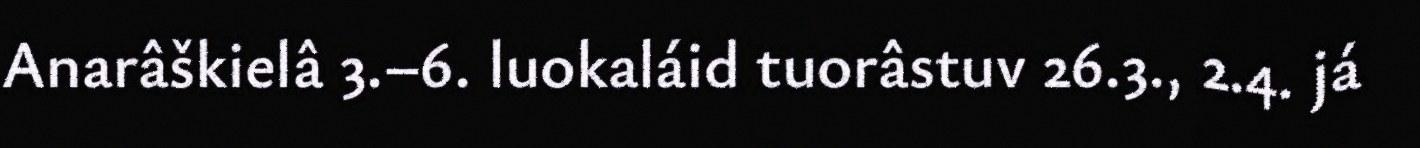
Anarâškielâ 3.–6. luokaláid tuorâstuv 26.3., 2.4. já